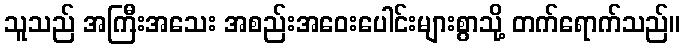
သူသည် အကြီးအသေး အစည်းအဝေးပေါင်းများစွာသို့ တက်ရောက်သည်။